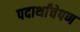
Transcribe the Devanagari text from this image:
पदार्थांचेपण